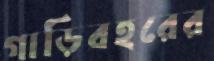
গাড়িবহরের